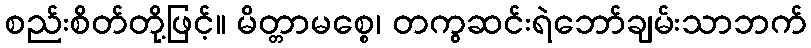
စည်းစိတ်တို့ဖြင့်။ မိတ္တာမစ္စေ၊ တကွဆင်းရဲဘော်ချမ်းသာဘက်